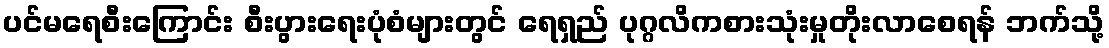
ပင်မရေစီးကြောင်း စီးပွားရေးပုံစံများတွင် ရေရှည် ပုဂ္ဂလိကစားသုံးမှုတိုးလာစေရန် ဘက်သို့